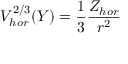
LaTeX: { \cal V } _ { h o r } ^ { 2 / 3 } ( Y ) = { \frac { 1 } { 3 } } { \frac { Z _ { h o r } } { r ^ { 2 } } }